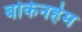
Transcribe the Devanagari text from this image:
बोकेनहेम